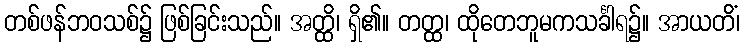
တစ်ဖန်ဘဝသစ်၌ ဖြစ်ခြင်းသည်။ အတ္ထိ၊ ရှိ၏။ တတ္ထ၊ ထိုတေဘူမကသင်္ခါရ၌။ အာယတိံ၊